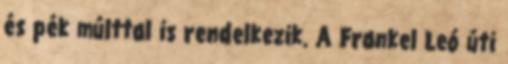
és pék múlttal is rendelkezik. A Frankel Leó úti